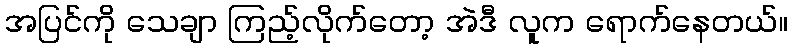
အပြင်ကို သေချာ ကြည့်လိုက်တော့ အဲဒီ လူက ရောက်နေတယ်။